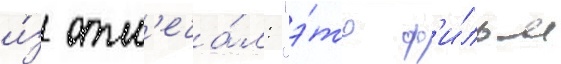
и́з отм'еча́л: "э́то ф'и́льм